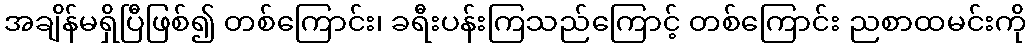
အချိန်မရှိပြီဖြစ်၍ တစ်ကြောင်း၊ ခရီးပန်းကြသည်ကြောင့် တစ်ကြောင်း ညစာထမင်းကို